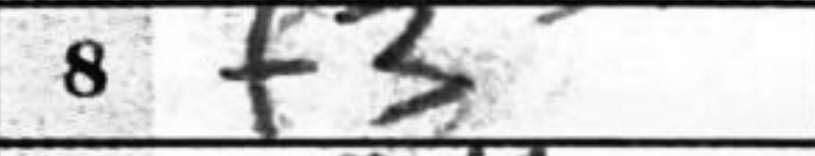
Transcription: f3